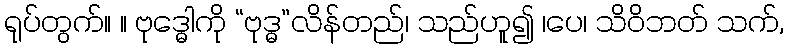
ရုပ်တွက်။ ။ ဗုဒ္ဓေါကို “ဗုဒ္ဓ”လိန်တည်၊ သည်ဟူ၍ ၊ပေ၊ သိဝိဘတ် သက်,